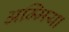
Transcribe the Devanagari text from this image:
अम्मिया